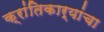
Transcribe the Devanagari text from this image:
क्रांतिकार्यांचा